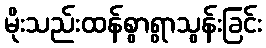
မိုးသည်းထန်စွာရွာသွန်းခြင်း